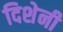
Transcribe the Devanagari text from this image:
दिशेनी